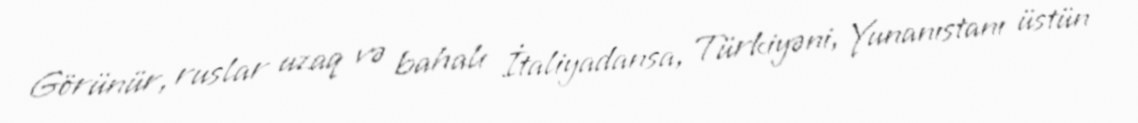
Görünür, ruslar uzaq və bahalı İtaliyadansa, Türkiyəni, Yunanıstanı üstün